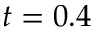
t = 0 . 4